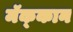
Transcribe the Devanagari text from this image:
मॅक्‌कान